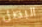
البصل